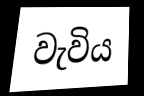
වැවිය